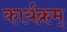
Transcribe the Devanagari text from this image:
कार्यक्रम्